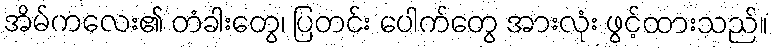
အိမ်ကလေး၏ တံခါးတွေ၊ ပြတင်း ပေါက်တွေ အားလုံး ဖွင့်ထားသည်။